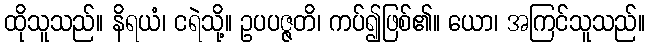
ထိုသူသည်။ နိရယံ၊ ငရဲသို့။ ဥပပဇ္ဇတိ၊ ကပ်၍ဖြစ်၏။ ယော၊ အကြင်သူသည်။